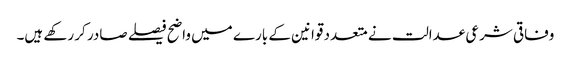
وفاقی شرعی عدالت نے متعدد قوانین کے بارے میں واضح فیصلے صادر کر رکھے ہیں۔